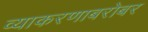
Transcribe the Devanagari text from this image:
व्याकरणाबरोबर